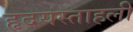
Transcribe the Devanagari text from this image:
हृदयस्ताहली